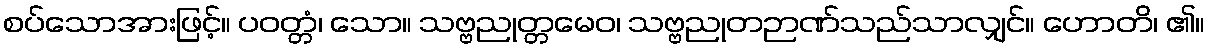
စပ်သောအားဖြင့်။ ပဝတ္တံ၊ သော။ သဗ္ဗညုတ္တမေဝ၊ သဗ္ဗညုတဉာဏ်သည်သာလျှင်။ ဟောတိ၊ ၏။